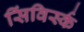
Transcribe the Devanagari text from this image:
सिंविर्स्क